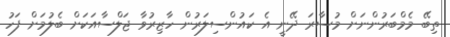
ތިބޭ މެމްބަރުންނަށް މުސާރަ ދޭނީ އެ ކައުންސިލަރުން ހާޒިރުވާ ޖަލްސާއަކަށް ބެލުމަށް ފަހު